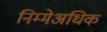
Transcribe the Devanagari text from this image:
निम्मेअधिक